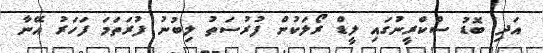
އަދި ބޮޑު ސްކްރީނުގައި ލީޑް ރޯލަކުން ފުރުސަތު ލިބުނު ފުރަތަމަ ފަހަރު އޭނާ